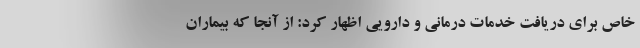
خاص برای دریافت خدمات درمانی و دارویی اظهار کرد: از آنجا که بیماران